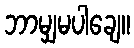
ဘာမျှမပါချေ။